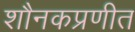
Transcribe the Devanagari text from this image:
शौनकप्रणीत